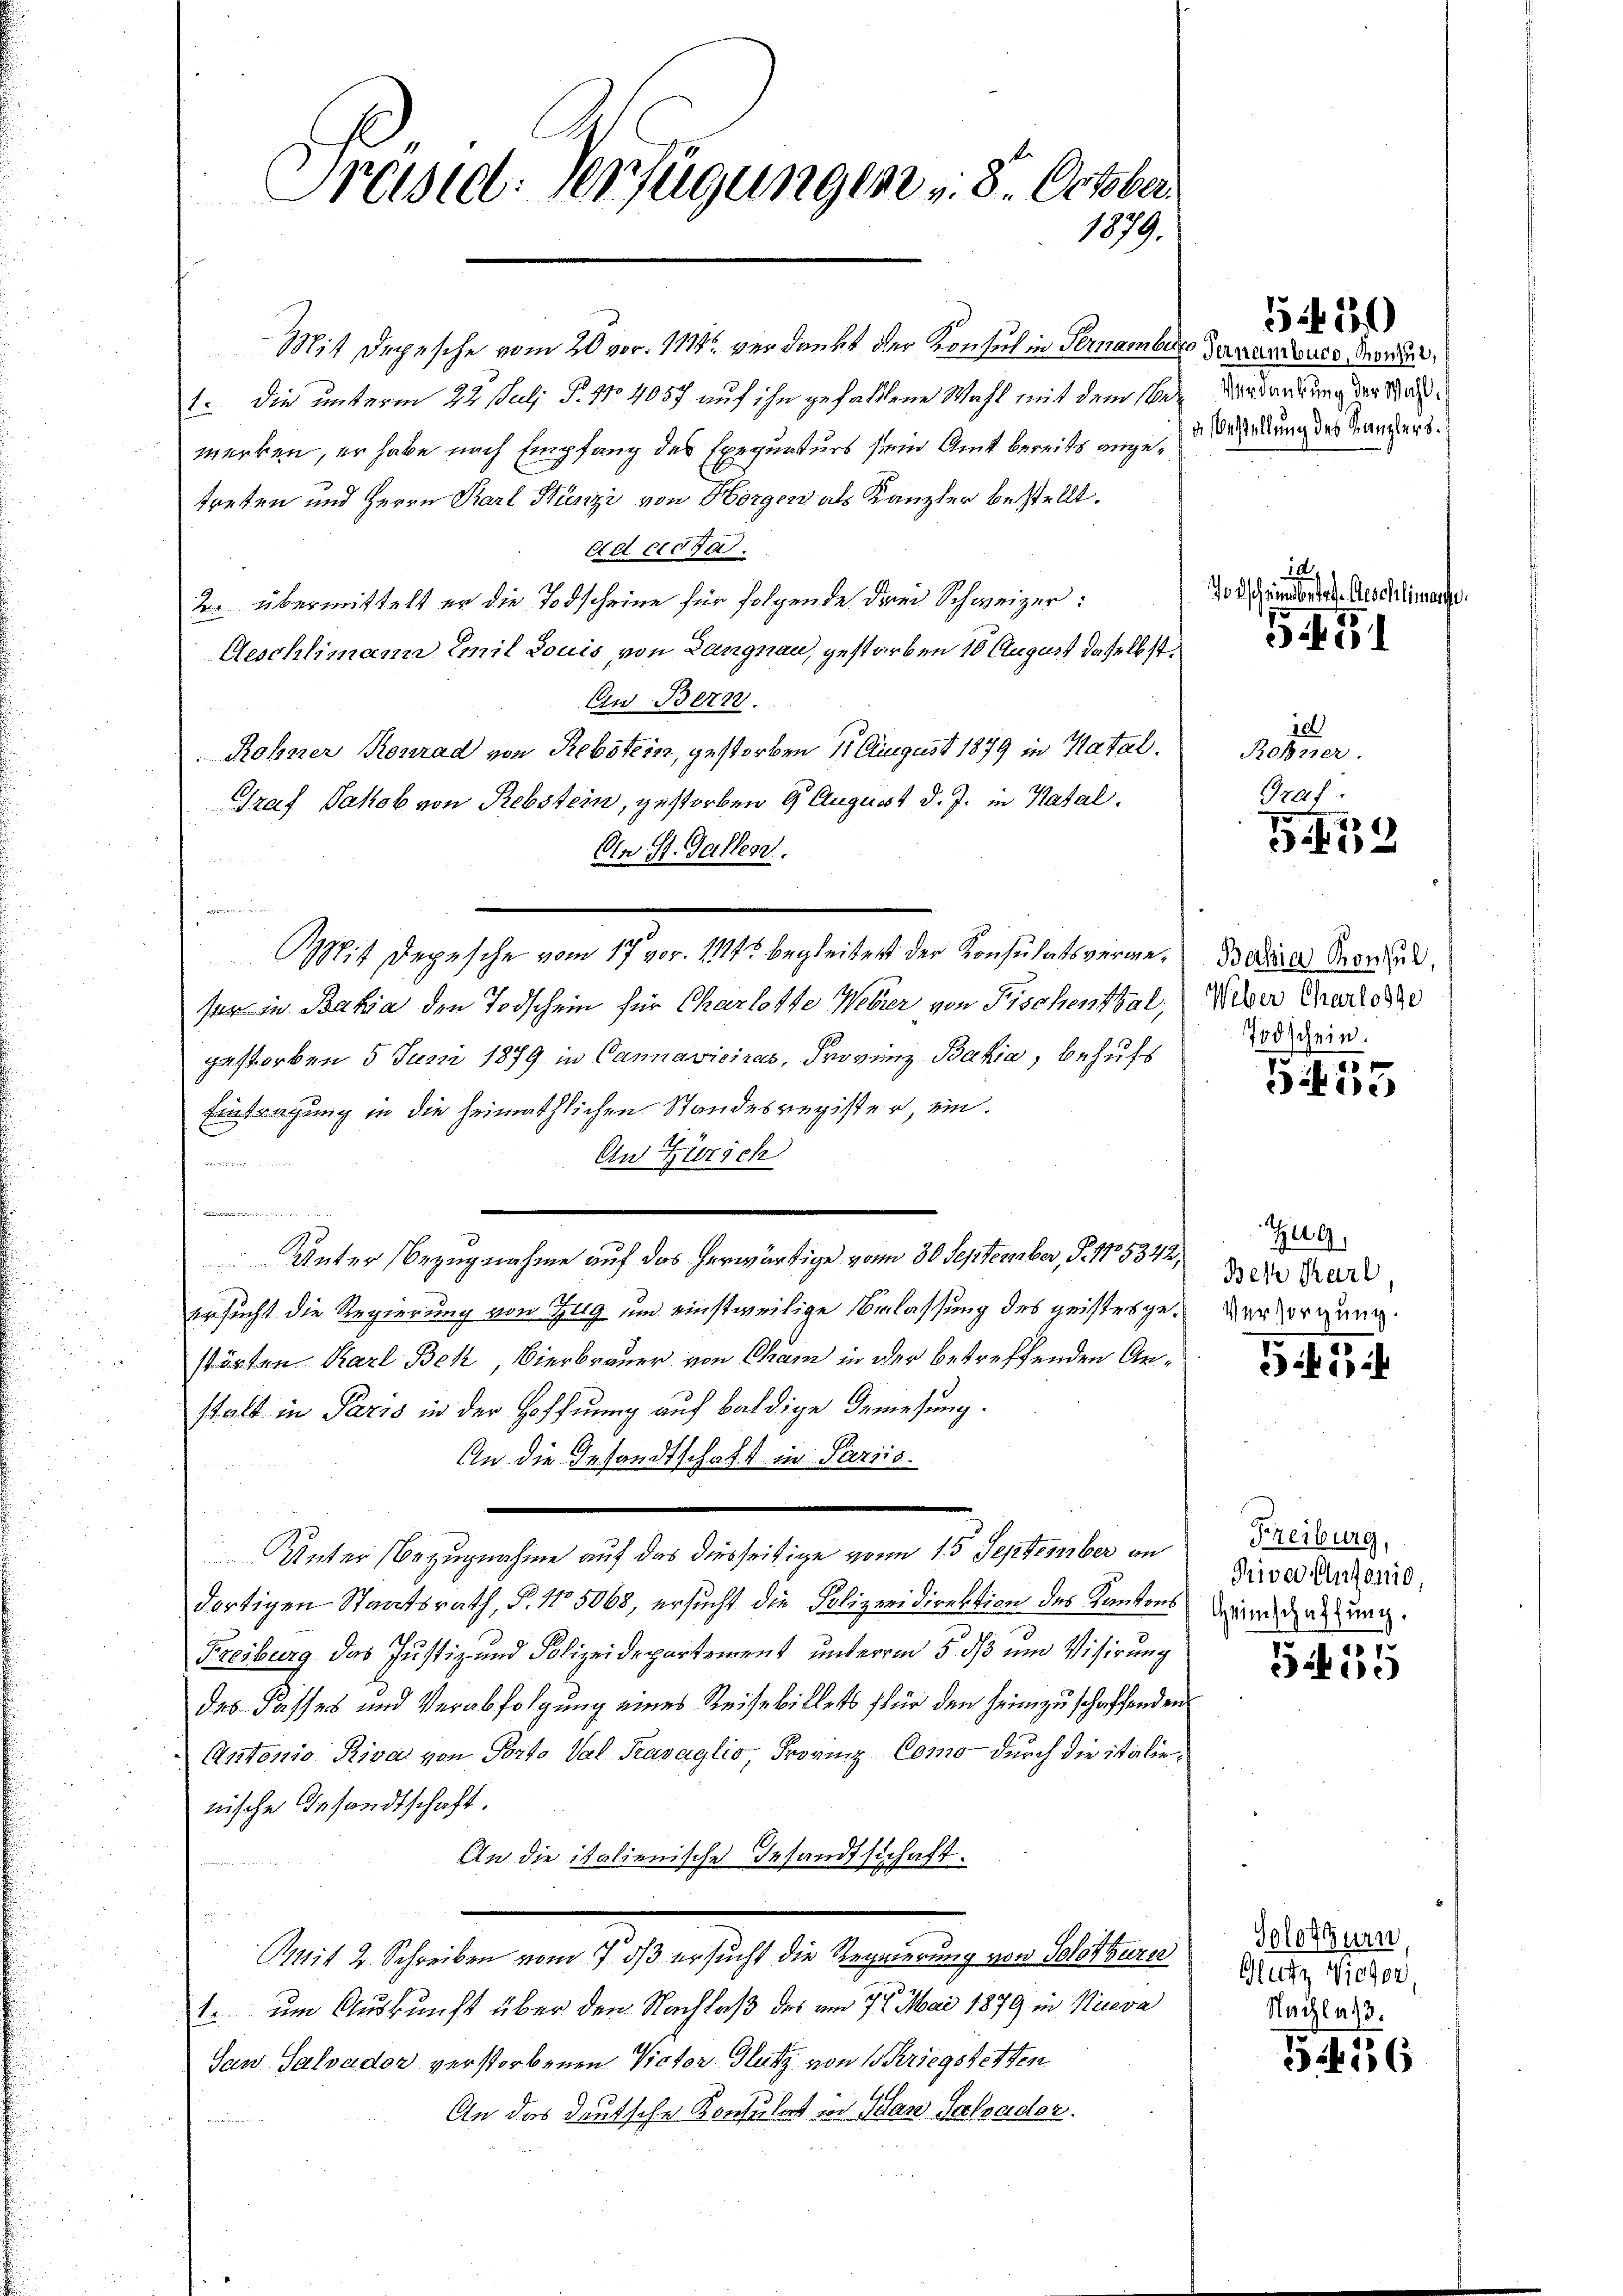
Preisid: Verfügungen v. 8. October
1879.

Mit Depesche vom 20. vor. 1178 verdankt der Konsuch in Fernembere
1. Die unterm 22. Juli P. No 4057 auf ihn gefallene Wahl mit dem Wemerken, er habe nach Empfang des Exequaturs sein Amt bereits ange erkung des Mangers.
treten und Herrn Karl Stünzi von Horgen als Kanzler bestellt.
ed eidga
2 übermittelt er die Todscheine für folgende drei Schweizer:
Geschlimann Emil Louis, von Langnau, gestarben 10 August daselbst
An Bern.
Rohner Konrad von Rebstein, gestorben 11. August 1879 in Katal.
Graf Jakob von Rebstein, gestorben 9 August d. J. in Katal.
An St. Galler.

Mit Depesche vom 17. vor. 11145 begleitert der Konsulatsverweser in Bahia den Todschein für Charlotte Weber von Fischenthal,
gestorben 5 Juni 1879 in Cannavicires, Provinz Bahia, behufs
Eintragung in die heimathlichen Standesregister, ein.
An Zürich
x
ich ergelegend wir in
Unter Bezugnahme auf das herwärtige vom 30. September, P. 1705342,
Ersucht die Regierung von Zug um einstweilige Erlassung des geistes gestörten Karl Bek, Bierbrauer von Cham in der betreffenden Anstalt in Paris in der Hoffnung auf baldige Genesung.
An die Gesandtschaft in Paris.
.
Unter Bezugnahme auf das diesseitige von 15 September an
dortigen Staatsrath, P. No 5068, ersucht die Polizeidirektion des Kantons
Freiburg das Justiz- und Polizeidepartement unterm 5. dß um Visirung
des Fasses und Verabfolgung eines Reise billets für den heimzuschaffenden
Antonio Riva von Porto Val Trasaglio, Provinz Como durch die italienische Gesandtschaft.
An die italienische Gesandtschaft.
Mit 2. Schreiben vom 17. ds ersucht die Regierung von Solothurer
1. um Auskunft über den Nachlaß des am 7. Mai 1879 in Nieva
San Salvador verstorbenen Victor Glutz von Kriegstetten
An das deutsche Konsulert in Jean Salzador.
un

550
Pernamburg, Konsur,
Verdankung der Wahl,

1
Jodscheinderte Geschlime

5f 51

100
Rohirer.
Graf

379

Bahia Konsul,
Weber Charlose
Todschein.

Schire

Zug
Bek Karl
Versorgung.

515.

Freiburg,
Pivor Autonio,
Heimschaffung.

555

Solothurn,
Glutz Vieher,
Nachlaß.

16